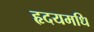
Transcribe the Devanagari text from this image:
हृदयमधि